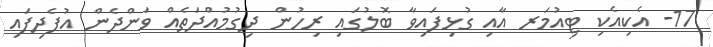
17- އެކިއެކި ޓިއުމަރ އާއި ގުޅިފައިވާ ބޮލުގައި ރިހުން ދިގުމުއްދަތެއް ވަންދެން އުފެދިފައި